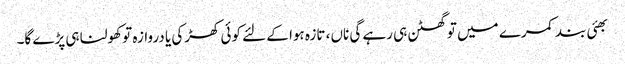
بھئی بند کمرے میں تو گھٹن ہی رہے گی ناں، تازہ ہوا کے لئے کوئی کھڑکی یا دروازہ تو کھولنا ہی پڑے گا۔